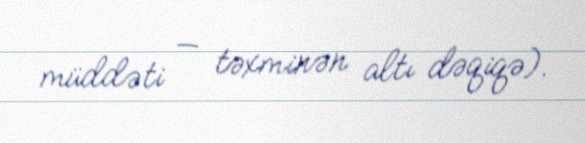
müddəti — təxminən altı dəqiqə).